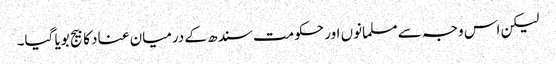
لیکن اس وجہ سے مسلمانوں اور حکومت سندھ کے درمیان عناد کا بیج بویا گیا۔